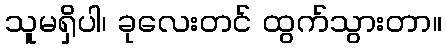
သူမရှိပါ၊ ခုလေးတင် ထွက်သွားတာ။